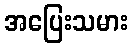
အပြေးသမား